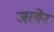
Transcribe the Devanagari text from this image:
जरगेन